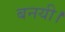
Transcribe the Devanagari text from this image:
बनयी।